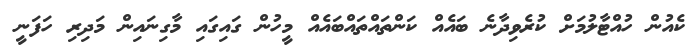
ކެއުން ހުއްޓާލުމަށް ކުރެވިދާނެ ބައެއް ކަންތައްތައްބައެއް މީހުން ގައިގައި މާގިނައިން މަދިރި ހަފަނީ